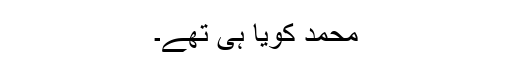
محمد کویا ہی تھے۔